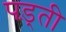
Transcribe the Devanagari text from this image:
पड़्ती